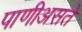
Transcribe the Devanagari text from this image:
पाणीअसते